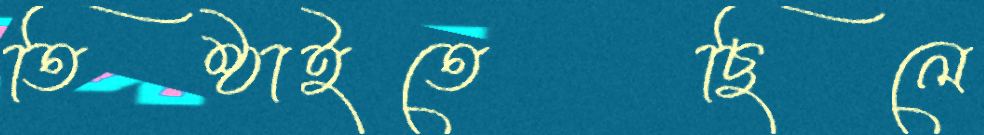
তিষ্ঠাইতেছিলে